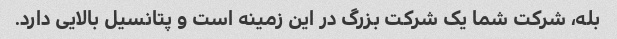
بله، شرکت شما یک شرکت بزرگ در این زمینه است و پتانسیل بالایی دارد.